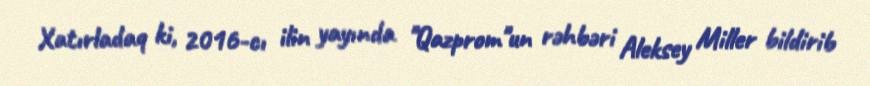
Xatırladaq ki, 2016-cı ilin yayında "Qazprom"un rəhbəri Aleksey Miller bildirib